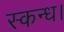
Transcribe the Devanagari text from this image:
स्कन्ध।